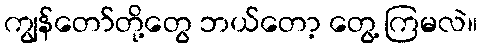
ကျွန်တော်တို့တွေ ဘယ်တော့ တွေ့ ကြမလဲ။